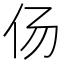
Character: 𱎟